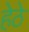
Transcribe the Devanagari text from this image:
हेठे